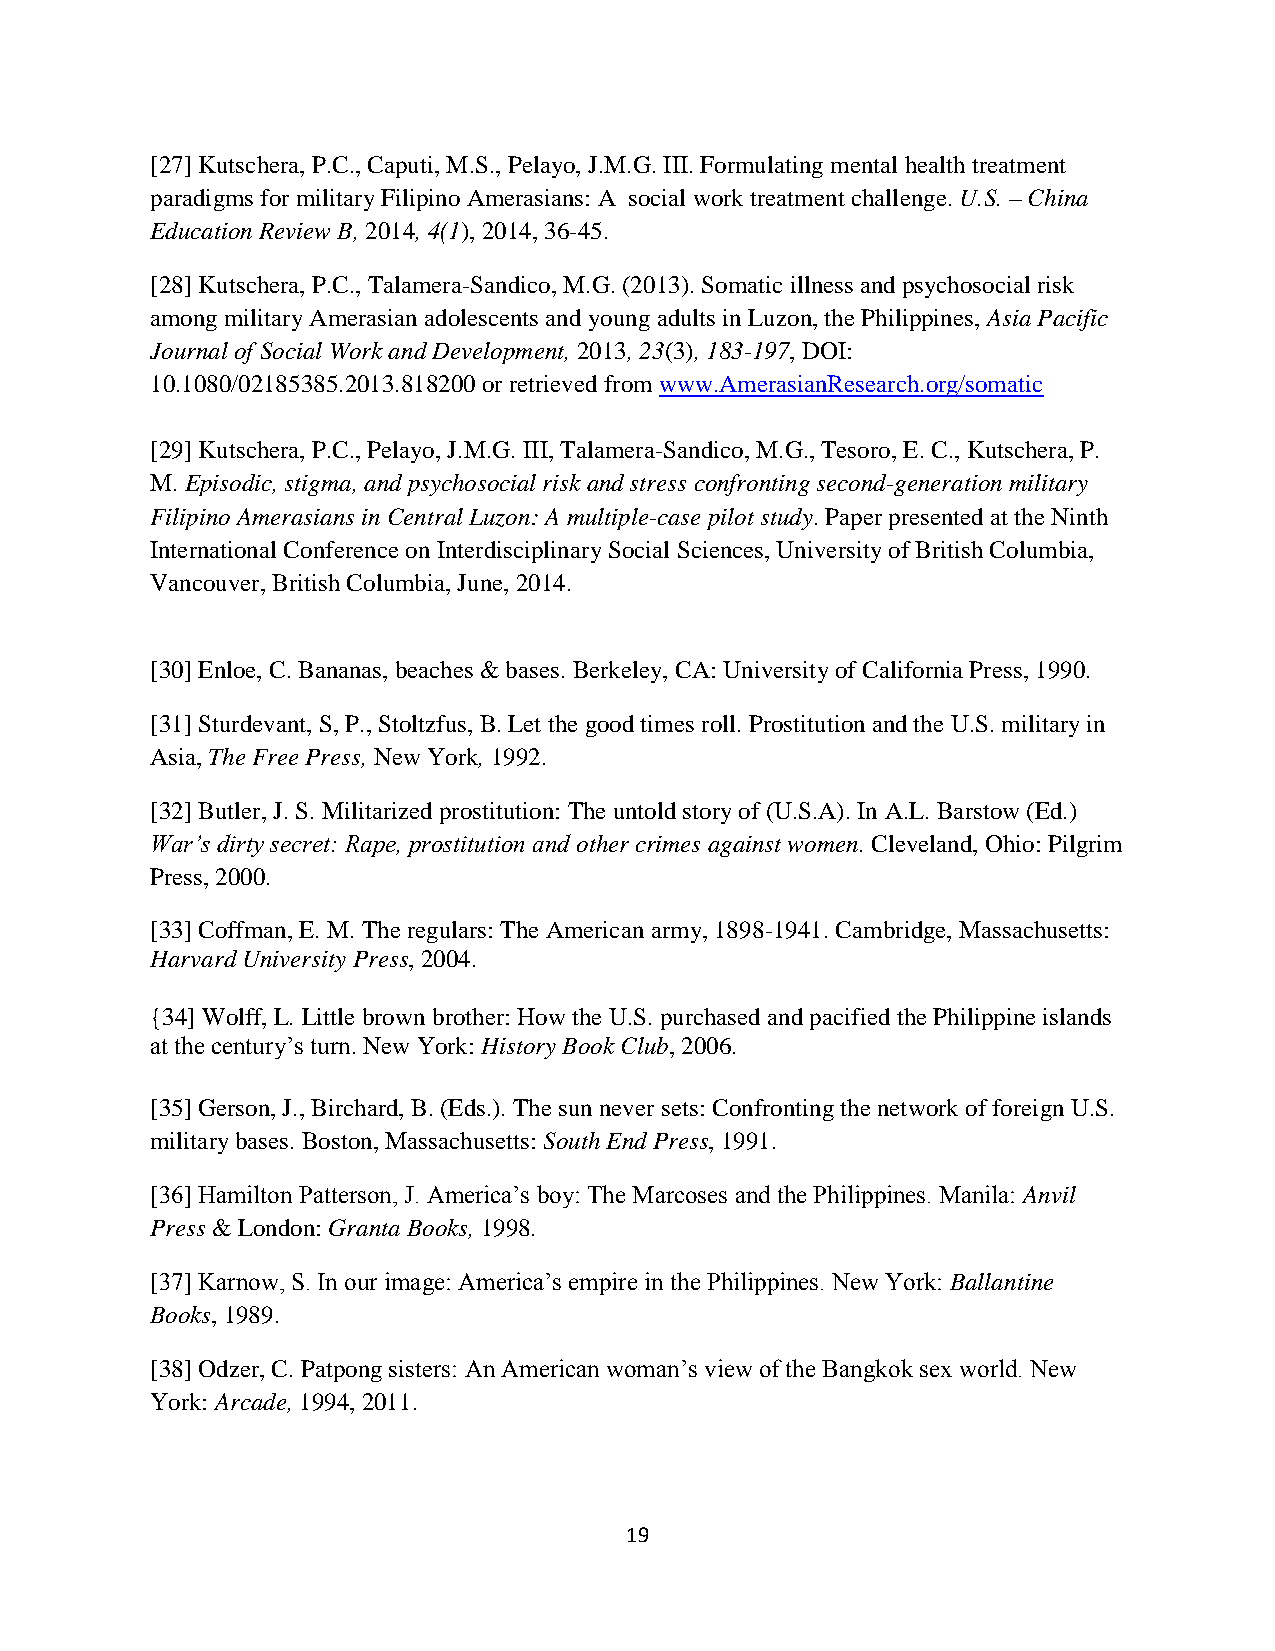
[27] Kutschera, P.C., Caputi, M.S., Pelayo, J.M.G. III. Formulating mental health treatment
 paradigms for military Filipino Amerasians: A social work treatment challenge. U.S. – China
 Education Review B, 2014, 4(1), 2014, 36-45.
 [28] Kutschera, P.C., Talamera-Sandico, M.G. (2013). Somatic illness and psychosocial risk
 among military Amerasian adolescents and young adults in Luzon, the Philippines, Asia Pacific
 Journal of Social Work and Development, 2013, 23(3), 183-197, DOI:
 10.1080/02185385.2013.818200 or retrieved from www.AmerasianResearch.org/somatic
 [29] Kutschera, P.C., Pelayo, J.M.G. III, Talamera-Sandico, M.G., Tesoro, E. C., Kutschera, P.
 M. Episodic, stigma, and psychosocial risk and stress confronting second-generation military
 Filipino Amerasians in Central Luzon: A multiple-case pilot study. Paper presented at the Ninth
 International Conference on Interdisciplinary Social Sciences, University of British Columbia,
 Vancouver, British Columbia, June, 2014.
 [30] Enloe, C. Bananas, beaches & bases. Berkeley, CA: University of California Press, 1990.
 [31] Sturdevant, S, P., Stoltzfus, B. Let the good times roll. Prostitution and the U.S. military in
 Asia, The Free Press, New York, 1992.
 [32] Butler, J. S. Militarized prostitution: The untold story of (U.S.A). In A.L. Barstow (Ed.)
 War’s dirty secret: Rape, prostitution and other crimes against women. Cleveland, Ohio: Pilgrim
 Press, 2000.
 [33] Coffman, E. M. The regulars: The American army, 1898-1941. Cambridge, Massachusetts:
 Harvard University Press, 2004.
 {34] Wolff, L. Little brown brother: How the U.S. purchased and pacified the Philippine islands
 at the century’s turn. New York: History Book Club, 2006.
 [35] Gerson, J., Birchard, B. (Eds.). The sun never sets: Confronting the network of foreign U.S.
 military bases. Boston, Massachusetts: South End Press, 1991.
 [36] Hamilton Patterson, J. America’s boy: The Marcoses and the Philippines. Manila: Anvil
 Press & London: Granta Books, 1998.
 [37] Karnow, S. In our image: America’s empire in the Philippines. New York: Ballantine
 Books, 1989.
 [38] Odzer, C. Patpong sisters: An American woman’s view of the Bangkok sex world. New
 York: Arcade, 1994, 2011.
 19